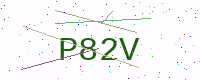
Text: P82V